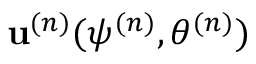
{ \bf u } ^ { ( n ) } ( \psi ^ { ( n ) } , \theta ^ { ( n ) } )